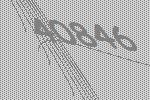
40846